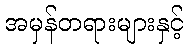
အမှန်တရားများနှင့်